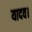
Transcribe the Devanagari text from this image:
यादव।